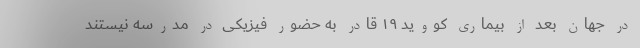
در جهان بعد از بیماری کووید ۱۹ قادر به حضور فیزیکی در مدرسه نیستند